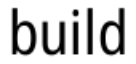
build